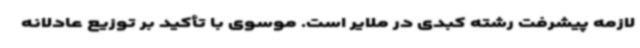
لازمه پیشرفت رشته کبدی در ملایر است. موسوی با تأکید بر توزیع عادلانه